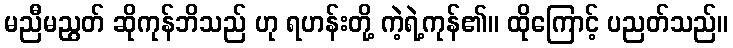
မညီမညွတ် ဆိုကုန်ဘိသည် ဟု ရဟန်းတို့ ကဲ့ရဲ့ကုန်၏။ ထိုကြောင့် ပညတ်သည်။